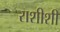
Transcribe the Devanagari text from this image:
राशीशी